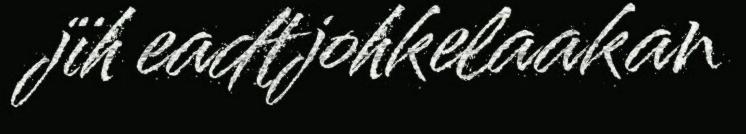
jïh eadtjohkelaakan